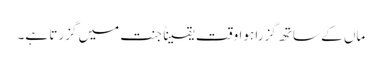
ماں کے ساتھ گزرا ہوا وقت یقیناً جنت میں گزرتا ہے۔